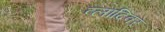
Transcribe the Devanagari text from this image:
व्लादिवर